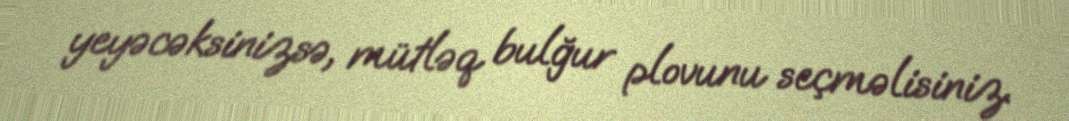
yeyəcəksinizsə, mütləq bulğur plovunu seçməlisiniz.